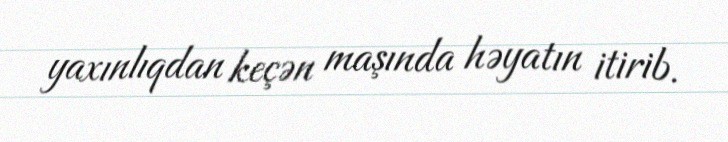
yaxınlıqdan keçən maşında həyatın itirib.